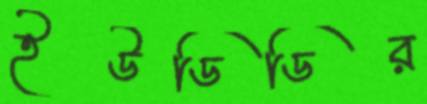
ইউডিডির